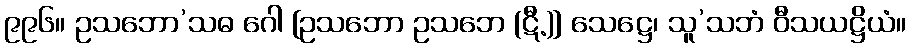
၉၉၆။ ဥသဘော’သဓ ဂေါ [ဥသဘော ဥသဘေ (ဋီ.)] သေဋ္ဌေ၊ သူ’သဘံ ဝီသယဋ္ဌိယံ။